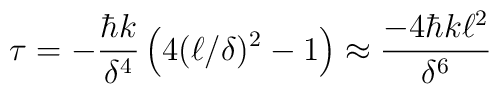
\tau = - {\hbar k \over \delta^4} \left(4(\ell/\delta)^2-1\right)     \approx {- 4 \hbar k \ell^2 \over \delta^6}